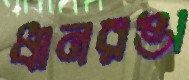
ধানরঙা